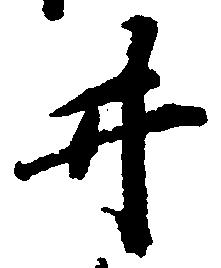
井